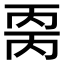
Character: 𰀒